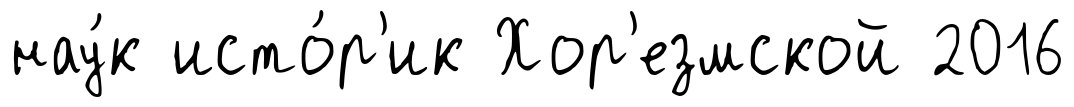
нау́к исто́р'ик Хор'езмской 2016